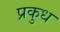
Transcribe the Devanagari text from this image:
प्रकुध